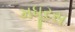
મધૂરસ